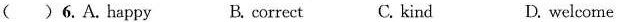
() 6.A.Happy B. correct C. kind D. welcome